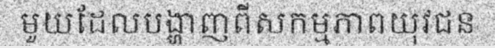
មួយដែលបង្ហាញពីសកម្មភាពយុវជន